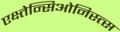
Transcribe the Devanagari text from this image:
एक्ष्तेन्सिओनिस्त्स